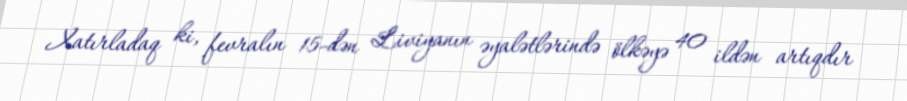
Xatırladaq ki, fevralın 15-dən Liviyanın əyalətlərində ölkəyə 40 ildən artıqdır